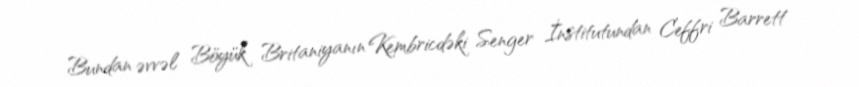
Bundan əvvəl Böyük Britaniyanın Kembricdəki Senger İnstitutundan Ceffri Barrett